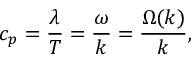
c _ { p } = { \frac { \lambda } { T } } = { \frac { \omega } { k } } = { \frac { \Omega ( k ) } { k } } ,